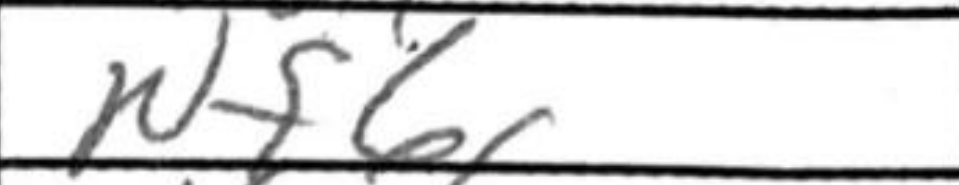
Transcription: Nf6